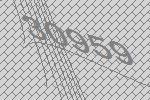
30959